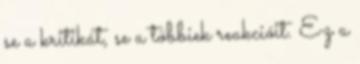
se a kritikát, se a többiek reakcióit. Ez a